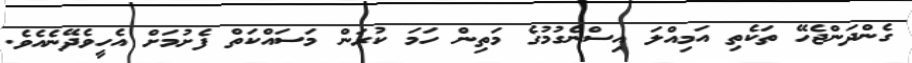
ގެންދަންޖެހޭ ތަކެތި އަމިއްލަ އިސްނެގުމުގެ މަތިން ހަމަ ކުރަން މަސައްކަތް ފެށުމަށް އެހީވެދޭނެއެވެ.